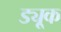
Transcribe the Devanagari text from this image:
ड्यू्क